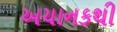
અચાનકથી